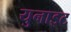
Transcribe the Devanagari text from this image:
युनाइट